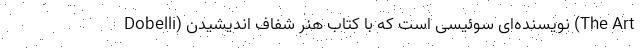
Dobelli) نویسنده‌ای سوئیسی است که با کتاب هنر شفاف اندیشیدن (The Art